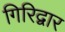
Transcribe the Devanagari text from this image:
गिरिद्वार